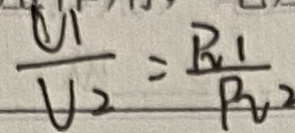
\frac { U 1 } { U _ { 2 } } = \frac { R _ { 1 } } { R _ { 2 } ^ { \prime } }